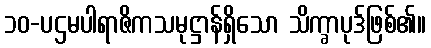
၁၀-ပဌမပါရာဇိကသမုဋ္ဌာန်ရှိသော သိက္ခာပုဒ်ဖြစ်၏။